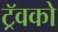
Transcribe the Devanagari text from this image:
ट्रॅवको